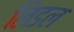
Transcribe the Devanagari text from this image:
लिडल